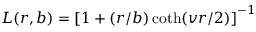
L ( r , b ) = \left[ 1 + ( r / b ) \coth ( v r / 2 ) \right] ^ { - 1 }